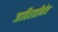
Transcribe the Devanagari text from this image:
जाहिरातीनेच